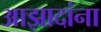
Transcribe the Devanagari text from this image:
आझादांना